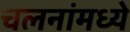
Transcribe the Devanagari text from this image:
चलनांमध्ये